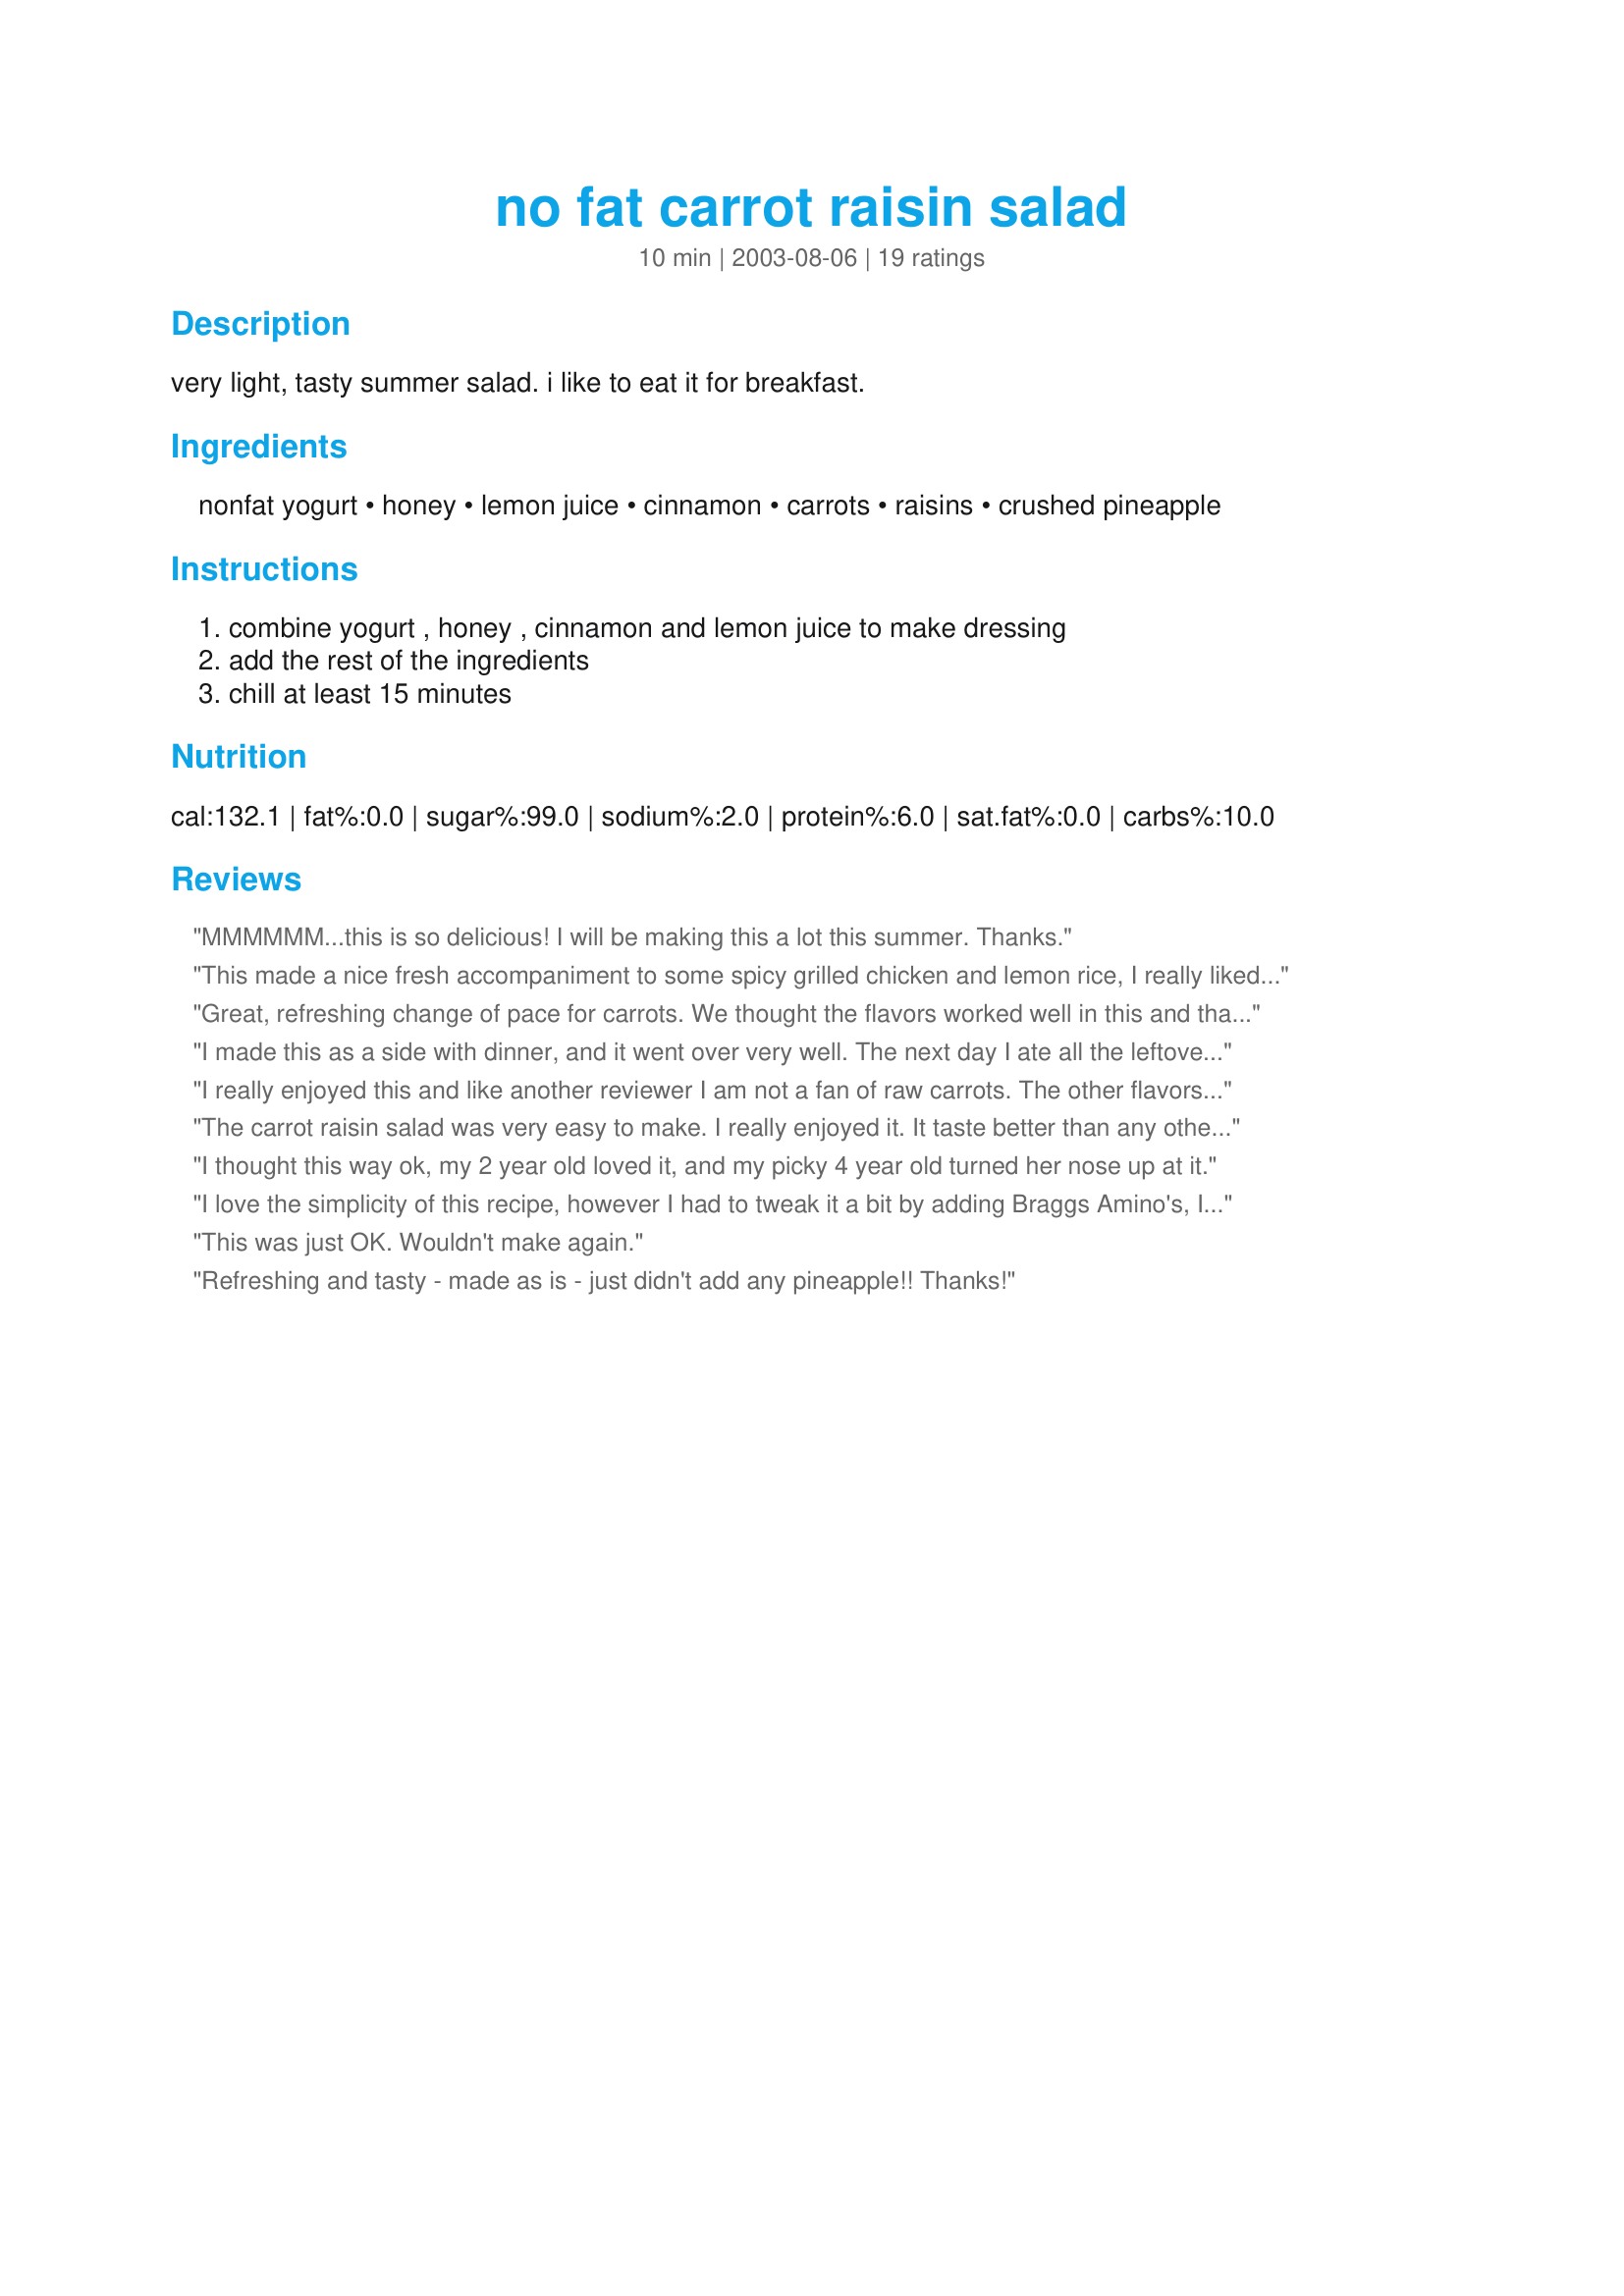
no fat carrot raisin salad
Preparation time: 10 minutes

very light, tasty summer salad. i like to eat it for breakfast.

Ingredients:
nonfat yogurt, honey, lemon juice, cinnamon, carrots, raisins, crushed pineapple

Steps:
combine yogurt , honey , cinnamon and lemon juice to make dressing, add the rest of the ingredients, chill at least 15 minutes

Reviews:
MMMMMM...this is so delicious! I will be making this a lot this summer. Thanks.
This made a nice fresh accompaniment to some spicy grilled chicken and lemon rice, I really liked the yogurt addition too. It was a bit sweeter than I would have ideally liked though (and I didn't use the pineapple), and the cinnamon with no other spices made it taste a bit like a dessert. I think it would be great for breakfast, but next time I make it as an accompaniment I'll play around with the spices a bit and maybe use less honey.
Great, refreshing change of pace for carrots. We thought the flavors worked well in this and that it would be great in the summertime. I used vanilla yogurt and cut up pineapple rings.
I made this as a side with dinner, and it went over very well. The next day I ate all the leftovers in one sitting. It actually improved overnight in the fridge. I think this will become a staple in my house.
I really enjoyed this and like another reviewer I am not a fan of raw carrots. The other flavors take care of that. This may be one of those recipes where the more you have it, you develop a taste for a healthy ingredient like raw carrots. I put just a few chopped walnuts on top. I will have this often. Thank you.
The carrot raisin salad was very easy to make.
I really enjoyed it. It taste better than any other
carrot raisin salad I have ever had. The pineapple
add such a wonderful flavor to it.
I thought this way ok, my 2 year old loved it, and my picky 4 year old turned her nose up at it.
I love the simplicity of this recipe, however I had to tweak it a bit by adding Braggs Amino's, I didn't have pineapple so I substituted a couple splashes of apple cider vinegar, a couple dashes of sugar and added pear slices. It turned out fantastic! I will definitely make it again. Thanks for sharing this recipe!
This was just OK. Wouldn't make again.
Refreshing and tasty - made as is - just didn't add any pineapple!! Thanks!
I don't usually like raw carrot, but with the raisins and pineapple in this salad, I enjoyed it very much. I scaled the recipe down to 1 portion and had it for lunch. I used a little dried pineapple instead of canned pineapple, but other than than didn't change any ingredients or proportions. Thank you for a nice recipe, Kasha
This is a nice flavourful salad. I omitted the pineapple(not a big pineapple lover and I try to avoid tinned food now). Will make again!
I left out the yogurt because I can't have dairy right now and thought this was a very tasty salad. It was a side dish to our Easter dinner and it really hit the spot. I'll make this one again for sure!
Light and fresh! The lemon and pineapple make it nice and tangy, so much better than the carrot raisin salads with mayo. I'll definitely make this again.
really quick and easy to make, and its the best carrot salad I've ever had!
I thought this recipe was okay. I've never had carrot raisin salad before, so I can't comment on how this compares to the full fat version. I doubled this recipe and that might have been my problem, but am finding it has a really strong cinnamon flavor and just find it be a weird mix of sweet flavors between the raisins and pineapple and the nonfat yogurt. Sorry to say but I won't be making this again.
I have never made a raisin carrot salad before. I was trying to get as close to Chick-fil-a as possible. When I make it again I would not use cinnamon and I would use vanilla greek yogurt. And I would also shred carrots super fine. It holds the moisture a little better.
I love carrot & raisin salad but hadn't had it in decades (really!) because of the high fat content in the dressing. I like this version just as much and can eat as much of it as I want! Thanks for a great tasting, healthy recipe!
This is a nice salad, certainly different from what you are used to .. I used Splenda instead of honey (mainly because I dislike honey, and why use sugar when you have Splenda?) and I had it for lunch at work .. I loved it and will definitely make it again! thank you
